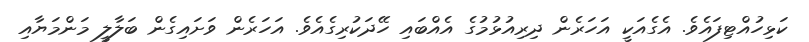
ކަޅިހުއްޓިފައެވެ. އެގެއަކީ އަހަރެން ދިރިއުޅުމުގެ އެއްބައި ހޭދަކުރިގެއެވެ. އަހަރެން ވަށައިގެން ބަލާލީ މަންމަޔާއި